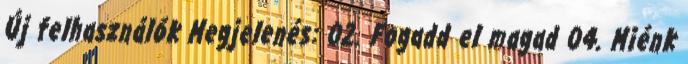
Új felhasználók Megjelenés: 02. Fogadd el magad 04. Miénk